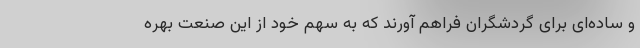
و ساده­ای برای گردشگران فراهم آورند که به سهم خود از این صنعت بهره